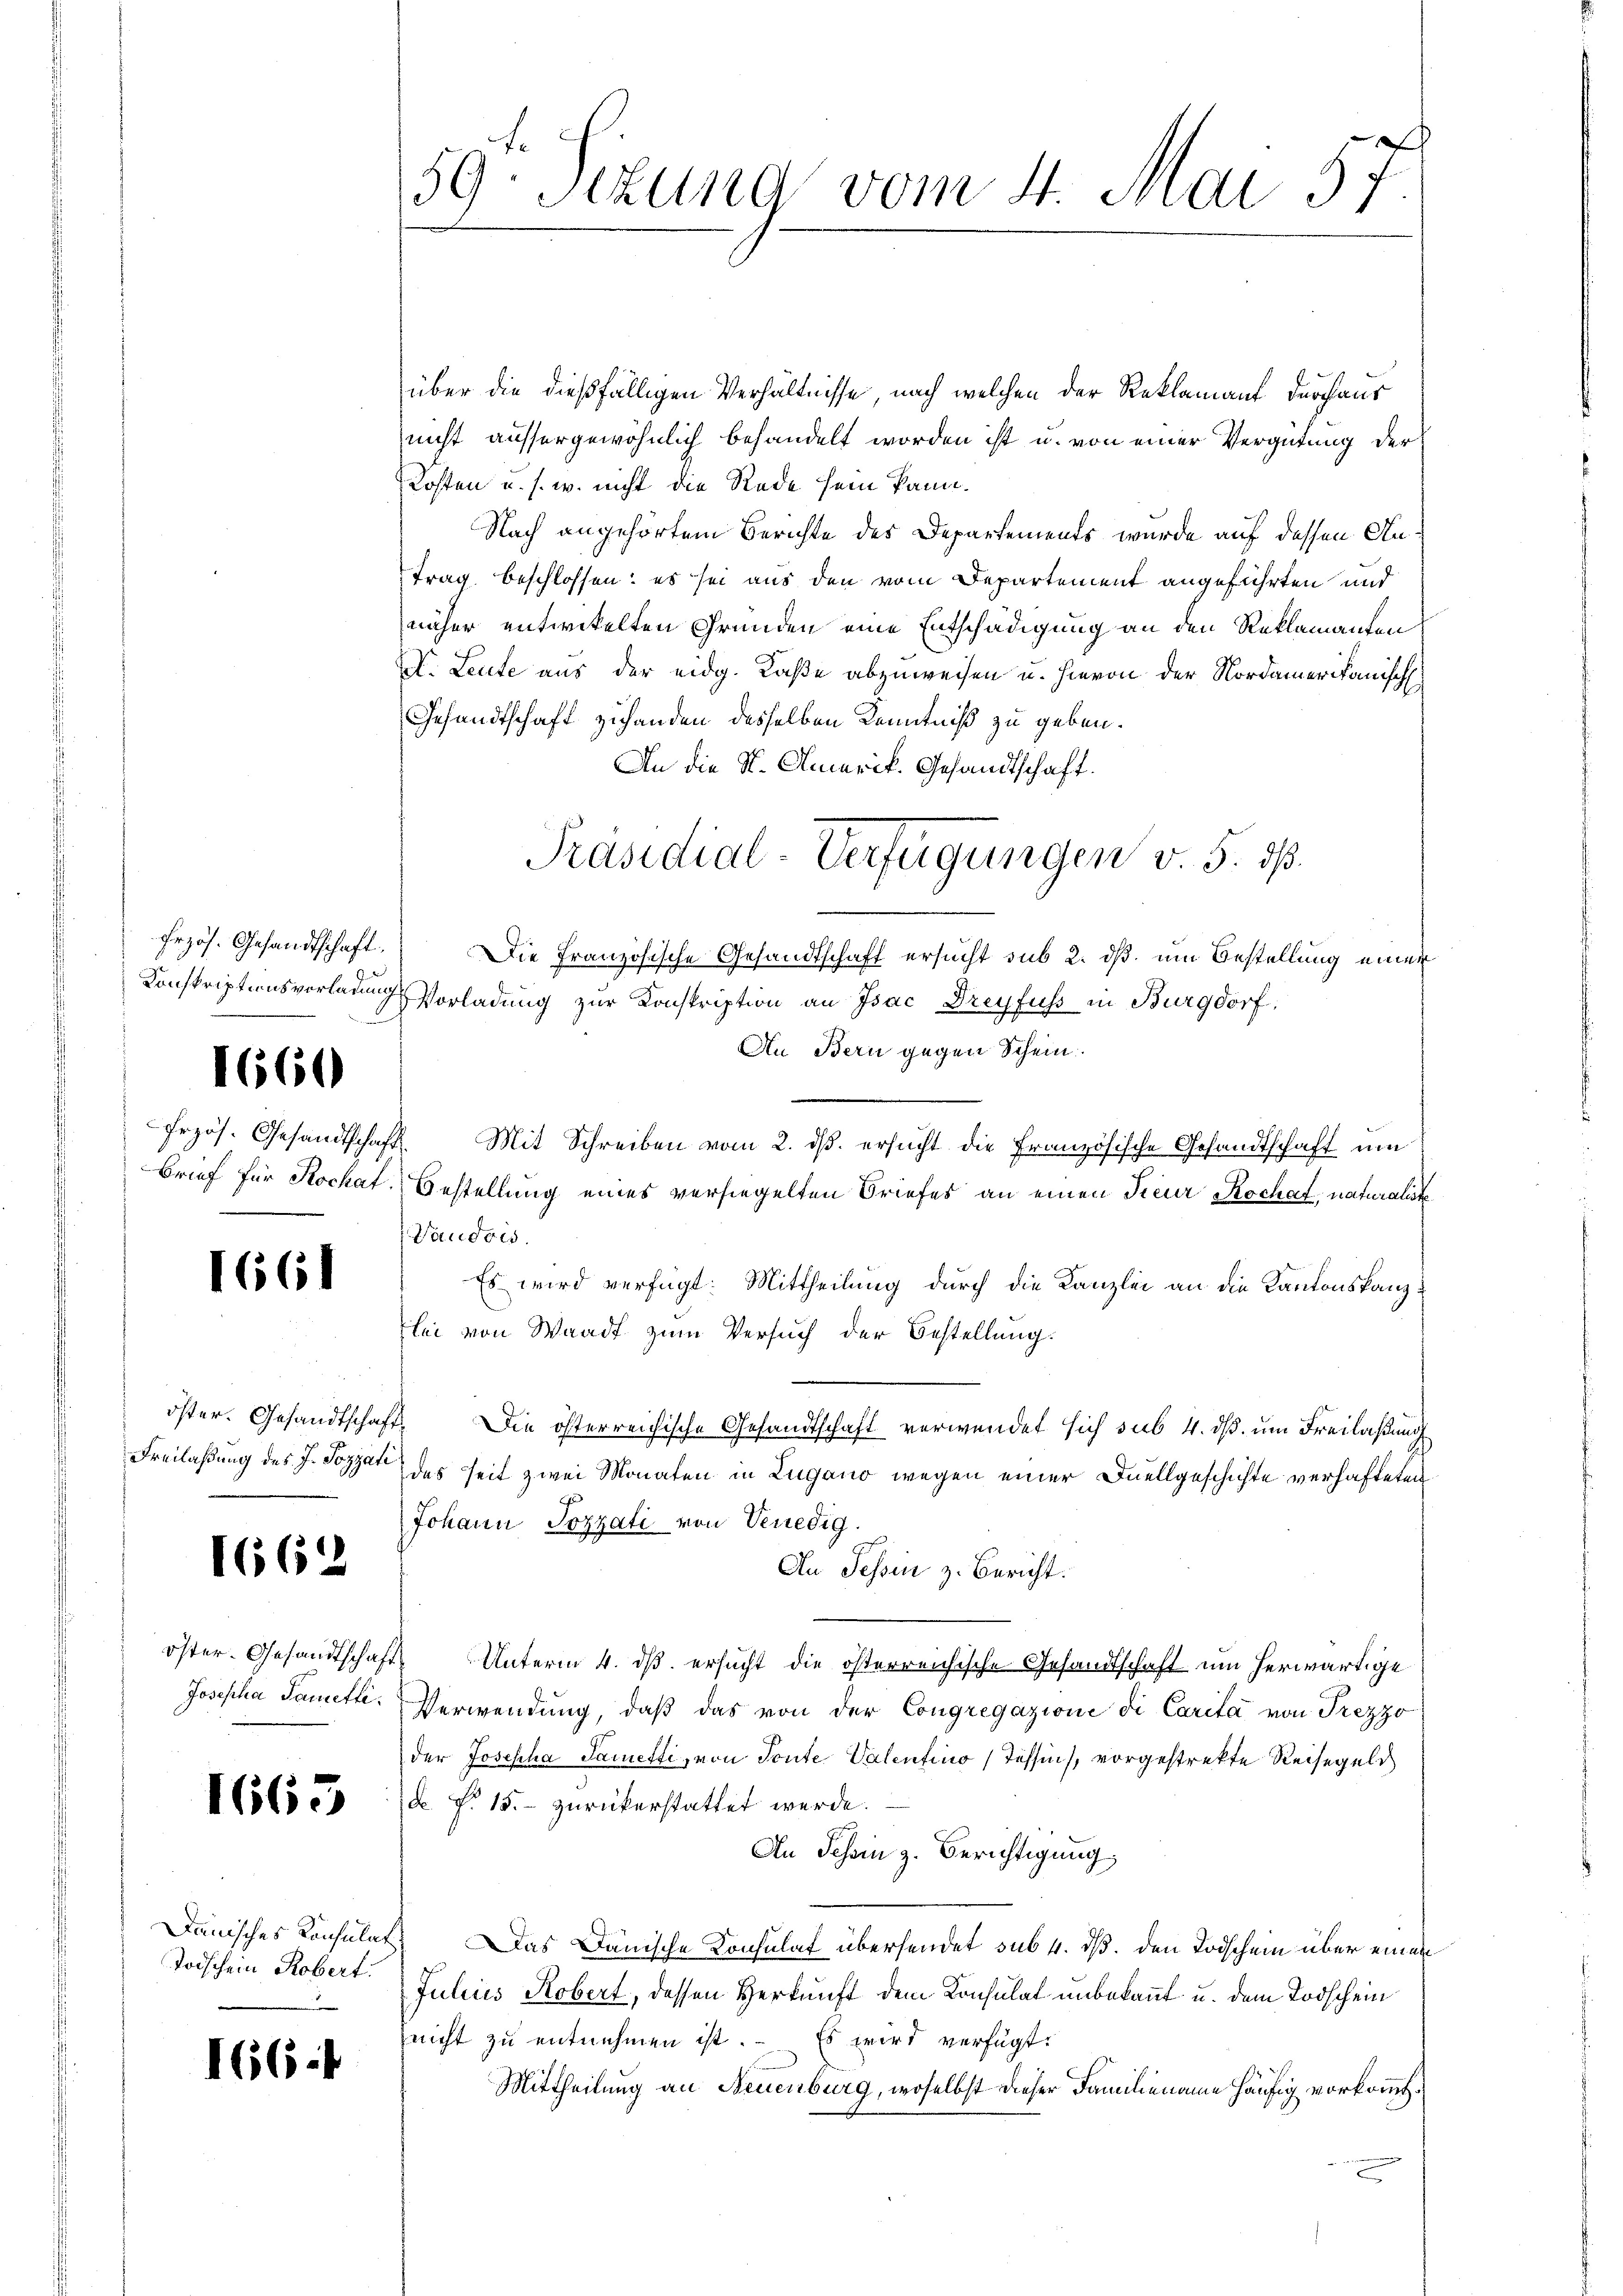
1660

Erzös. Gesandtschaft

1661

Freilaßung des J. Pozzati

1662

1665

über die dießfälligen Verhältnisse, nach welchen der Reklamant durchaus
nicht aussergewöhnlich behandelt worden ist u. von einer Vergütung der
Kosten u. s. w. nicht die Rede sein kann.
Nach angehörtem Berichte des Departements wurde auf dessen Antrag beschlossen: es sei aus den vom Departement angeführten und
näher entwickelten Gründen eine Entschädigung an den Reklamanten
A. Leute aus der eidg. Caße abzuweisen u. hievon der Nordamerikanisch
Gesandtschaft zuhanden desselben Kenntniß zu geben.
An die St. Amerik. Gesandtschaft.
frzös. Gesandtschaft. Die Französische Gesandtschaft ersucht sub 2. dß, um Bestellung einer
Konskriptionsvorladung Vorladung zur Konskription an Isac Dreyfuss in Burgdorf:
An Bern gegen Schein.
Mit Schreiben vom 2. ds. ersucht die Französische Gesandtschaft um
Brief für Rochat. Bestellung eines versiegelten Briefes an einen Feur Rochat, naturalist
Vaudois.
Es wird verfügt: Mittheilung durch die Kanzlei an die Kantonskanzlei von Waadt zum Versuch der Bestellung.
öster. Gesandtschaft. Die österreichische Gesandtschaft verwendet sich sub. 4. dß um Freilaßung
das seit zwei Monaten in Lugano wegen einer Duellgeschichte verhafteten
Johann Pozzati von Venedig
An Tessin z. Bericht.
öster. Gesandtschaft Unterm 4. ds. ersucht die österreichische Gesandtschaft um herwärtige
Josepha Sametti. Verwendung, daß das von der Congregazione di Carita von Trezzo
der Josepha Sametti, von Toute Valentino (Tessin, vorgestrekte Reisegeld
d §. 15. zurückerstattet werde.
An Schein z. Berichtigung
Danisches Konsulat. Das Danische Konsulat übersendet sub 4. ds. den Todschein über einen
Julius Robert, dessen Herkunft dem Konsulat unbekannt u. dem Todschein
nicht zu entnehmen ist. Es wird verfügt:
Mittheilung an Neuenburg, woselbst dieser Familiename häufig vorkommt.

Todschein Robert.

166.

59te Sizung vom 4. Mai 57.

Präsidial-Verfügungen v. 5. ds.